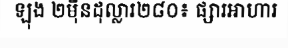
ឡុង ២ម៉ឺនដុល្លារ២៨០៖ ផ្សារអាហារ